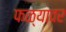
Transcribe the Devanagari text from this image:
फळ्यावर